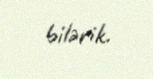
bilərik.